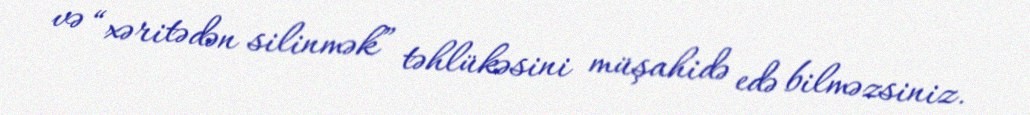
və “xəritədən silinmək” təhlükəsini müşahidə edə bilməzsiniz.